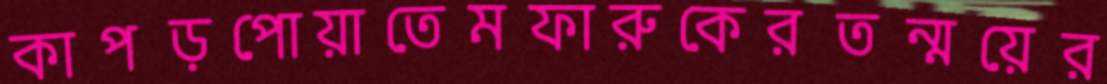
কাপড়পোয়াতেমফারুকেরতন্ময়ের